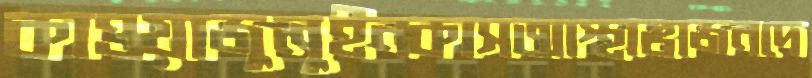
কাওয়াজুলুইনকাসআস্থাভাজনদে